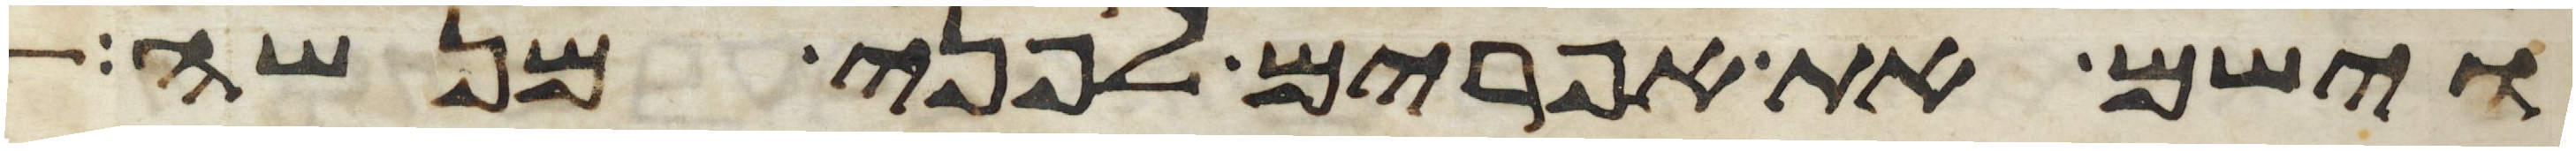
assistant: וישם את אפרים לפני מנשה